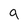
Character: g